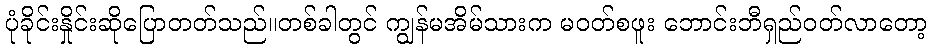
ပုံခိုင်းနှိုင်းဆိုပြောတတ်သည်။တစ်ခါတွင် ကျွန်မအိမ်သားက မဝတ်စဖူး ဘောင်းဘီရှည်ဝတ်လာတော့